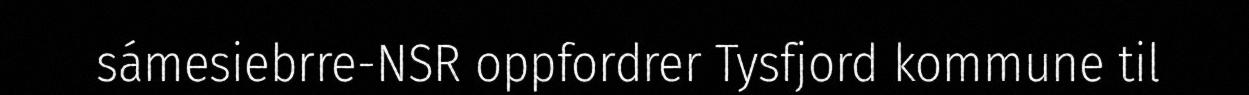
sámesiebrre-NSR oppfordrer Tysfjord kommune til